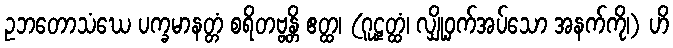
ဥဘတောသံဃေ ပက္ခမာနတ္တံ စရိတဗ္ဗန္တိ ဧတ္ထ၊ (ဂူဠှတ္ထံ၊ လျှို့ဝှက်အပ်သော အနက်ကို၊) ဟိ